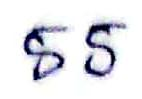
55